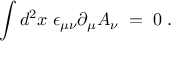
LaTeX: \int d ^ { 2 } x \; \epsilon _ { \mu \nu } \partial _ { \mu } A _ { \nu } \; = \; 0 \; .